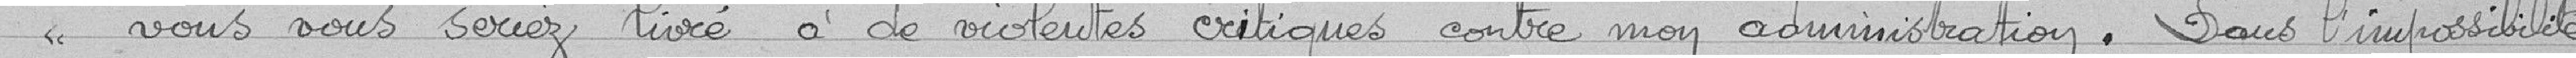
" vous vous seriez livré à de violentes critiques contre mon administration. Dans l'impossibilité